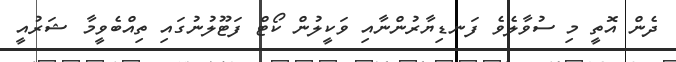
ދެން އޮތީ މި ސުވާލެވެ ފަނޑިޔާރުންނާއި ވަކީލުން ކޯޓް ފަޓޫލުނުގައި ތިއްބެވީމާ ޝަރުއީ